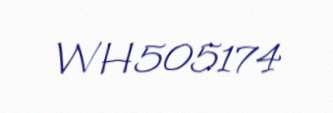
WH505174